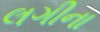
લગીના